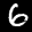
Digit: 6